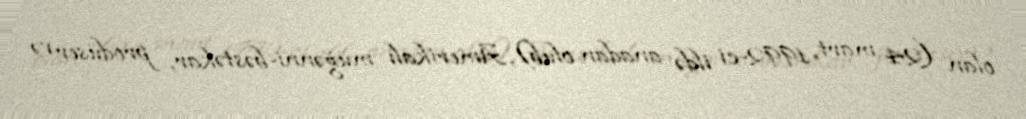
olan (24 mart 1992-ci ildə anadan olub), Amerikalı müğənni-bəstəkar, prodüser və